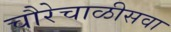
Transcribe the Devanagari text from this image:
चौरेचाळीसवा